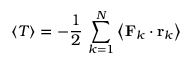
\left\langle T \right\rangle = - { \frac { 1 } { 2 } } \, \sum _ { k = 1 } ^ { N } { \bigl \langle } \mathbf { F } _ { k } \cdot \mathbf { r } _ { k } { \bigr \rangle }